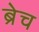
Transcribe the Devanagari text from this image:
ब्रेच